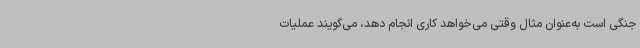
جنگی است به‌عنوان مثال وقتی می‌خواهد کاری انجام دهد، می‌گویند عملیات